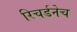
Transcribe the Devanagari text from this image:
रिचर्डनेच